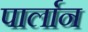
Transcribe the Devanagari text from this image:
पार्लान